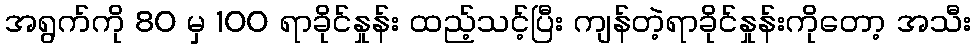
အရွက်ကို 80 မှ 100 ရာခိုင်နှုန်း ထည့်သင့်ပြီး ကျန်တဲ့ရာခိုင်နှုန်းကိုတော့ အသီး